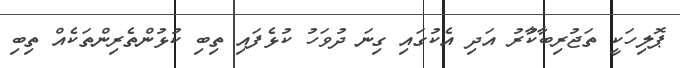
ޕޮލިހަކީ ތަޖުރިބާކާުރު އަދި އެކުގައި ގިނަ ދުވަހު ކުޅެފައި ތިިބި ކުޅުންތެރިންތަކެއް ތިބި